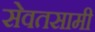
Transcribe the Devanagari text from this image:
सेवतसामी